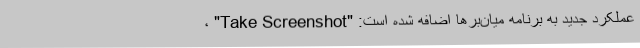
عملکرد جدید به برنامه میان‌برها اضافه شده است: "Take Screenshot" ،